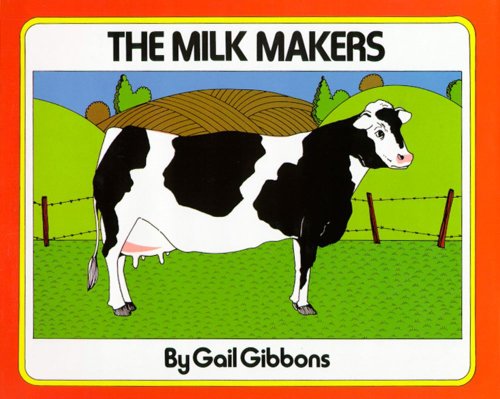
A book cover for The Milk Makers; Gail Gibbons; Children's Books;